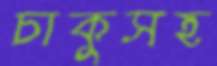
চাকুসহ